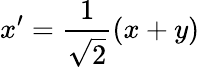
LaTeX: x^{\prime}=\frac{1}{\sqrt{2}}(x+y)